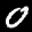
Label: 0